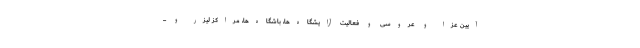
آیین عزا و عروسی و فعالیت آرایشگاه‌ها، باشگاه‌ها، مراکز لیزر و ...